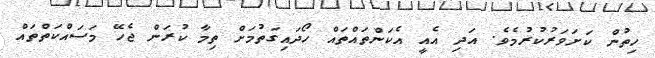
ހިތުން ކަށަވަރުކުރުމެވެ. އަދި އެއީ އެކަންތައްތައް ހޯދައިގަތުމަށް ތިމާ ކުރަން ޖެހޭ މަސައްކަތްތައް